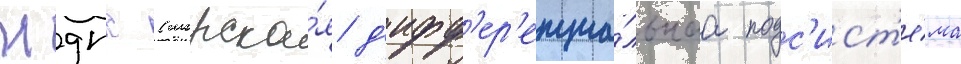
Мдпс (морска́я д'ифф'ер'енциа́льнаа подс'ист'е́ма